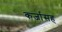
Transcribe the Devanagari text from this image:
कर्जासह